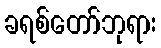
ခရစ်တော်ဘုရား